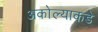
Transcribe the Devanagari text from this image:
अकोल्याकडे